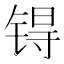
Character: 锝